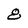
Character: 8